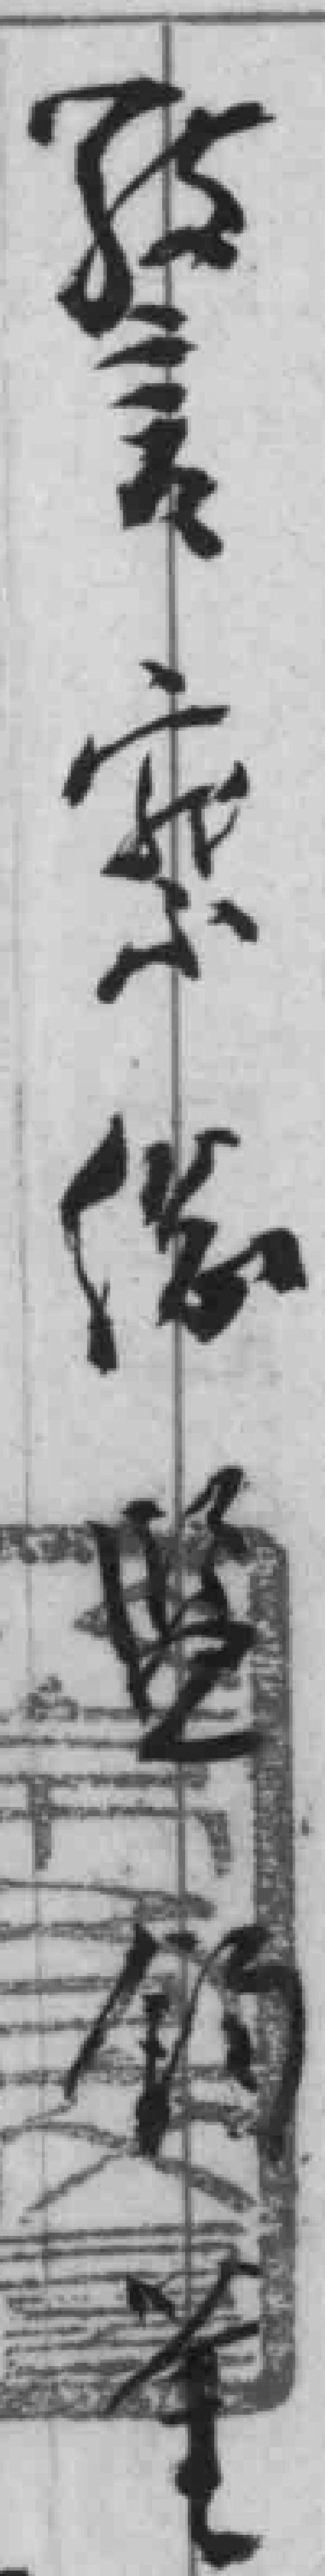
警察*钧*